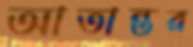
আতান্তর